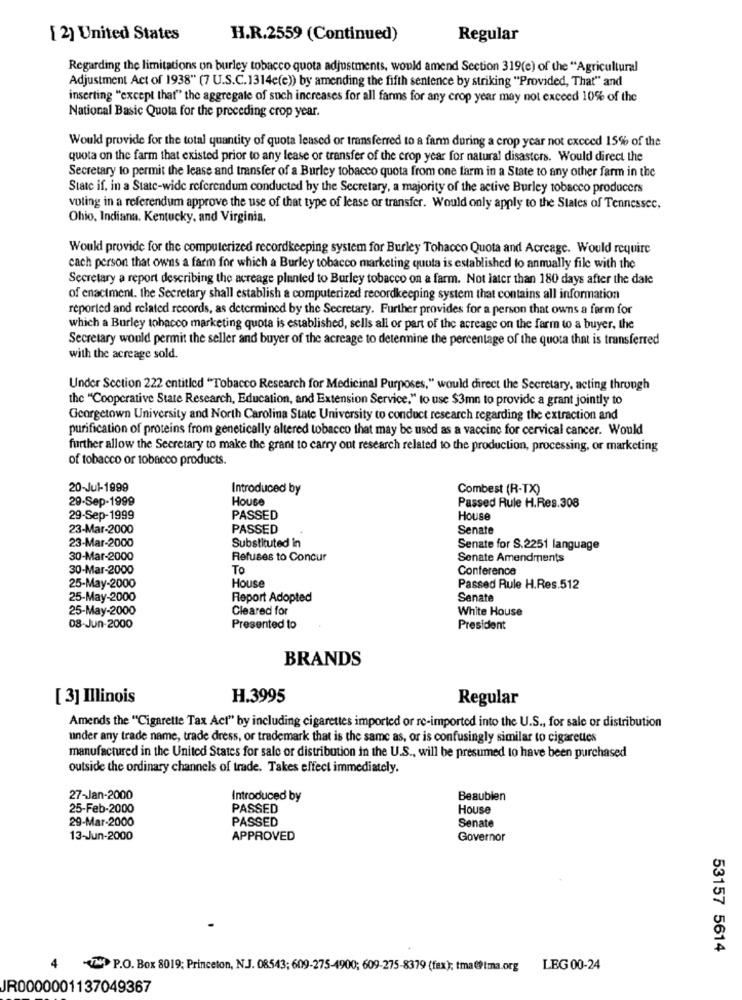
[ 2] United States
H.R.2559 (Continued)
Regular
Regarding the limitations on burley tobacco quota adjustments, would amend Section 319(e) of the "Agricultural
Adjustment Act of 1938" (7 U.S.C.1314e(e)) by amending the fifth sentence by striking "Provided, That" and
inserting "except that" the aggregate of such increases for all farms for any crop year may not exceed 10% of the
National Basic Quota for the preceding crop year.
Would provide for the total quantity of quota leased or transferred to a farm during a crop year not cxcced 15% of the
quota on the farm that existed prior to any lease or transfer of the crop year for natural disasters. Would direct the
Secretary to permit the lease and transfer of a Burley tobacco quota from one farm in a State to any other farm in the
Statc if, in a State-wide referendum conducted by the Secretary, a majority of the active Burley tobacco producers
voting in a referendum approve the use of that type of lease or transfer. Would only apply to the States of Tennessee,
Ohio, Indiana, Kentucky, and Virginia.
Would provide for the computerized recordkeeping system for Burley Tohacco Quota and Acreage. Would require
cach person that owns a farm for which a Burley tobacco marketing quota is established to annually file with the
Secretary a report describing the acreage planted to Burley tobacco on a farm. Not later than 180 days after the date
of enactment. the Secretary shall establish a computerized recordkeeping system that contains all information
reported and related records, as determined by the Secretary. Further provides for a person that owns a farm for
which a Burley tobacco marketing quota is established, sells all or part of the acreage on the farm to a buyer, the
Secretary would permit the seller and buyer of the acreage to determine the percentage of the quota that is transferred
with the acreage sold.
Under Section 222 entitled "Tobacco Research for Medicinal Purposes," would direct the Secretary, acting through
the "Cooperative State Research, Education, and Extension Service." to use $3mn to provide a grant jointly to
Georgetown University and North Carolina State University to conduct research regarding the extraction and
purification of proteins from genetically altered tobacco that may be used as a vaccine for cervical cancer. Would
further allow the Secretary to make the grant to carry out research related to the production, processing, or marketing
of tobacco or tobacco products.
20-Jul-1999
Introduced by
Combest (R-TX)
29-Sep-1999
House
Passed Rule H.Res.308
29-Sep-1999
PASSED
House
23-Mar-2000
PASSED
Senate
23-Mar-2000
Substituted in
Senate for S.2251 language
30-Mar-2000
Refuses to Concur
Senate Amendments
30-Mar-2000
To
Conference
25-May-2000
House
Passed Rule H.Res.512
25-May-2000
Report Adopted
Senate
25-May-2000
Cleared for
White House
08-Jun-2000
Presented to
President
BRANDS
[ 3] Illinois
H.3995
Regular
Amends the "Cigarette Tax Act" by including cigarettes imported or re-imported into the U.S ., for sale or distribution
under any trade name, trade dress, or trademark that is the same as, or is confusingly similar to cigarettes
manufactured in the United States for sale or distribution in the U.S ., will be presumed to have been purchased
outside the ordinary channels of trade. Takes effect immediately.
27-Jan-2000
Introduced by
Beaubien
25-Feb-2000
PASSED
House
29-Mar-2000
PASSED
Senate
13-Jun-2000
APPROVED
Governor
53157 5614
-( P.O. Box 8019; Princeton, N.J. 08543; 609-275-4900; 609-275-8379 (fex); tma@Ptma.org
LEG 00-24
JR0000001137049367